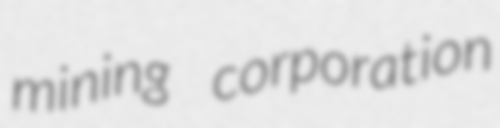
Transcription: mining corporation